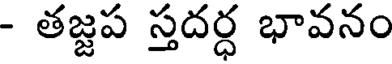
- తజ్జప స్తదర్ధ భావనం